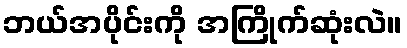
ဘယ်အပိုင်းကို အကြိုက်ဆုံးလဲ။